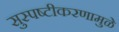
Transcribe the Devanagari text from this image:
सुस्पष्टीकरणामुळे